342_HS1-416511228_319.1 Flying Discs 1949
Agency: Department of War
Incident date: 1/9/50
Page 85
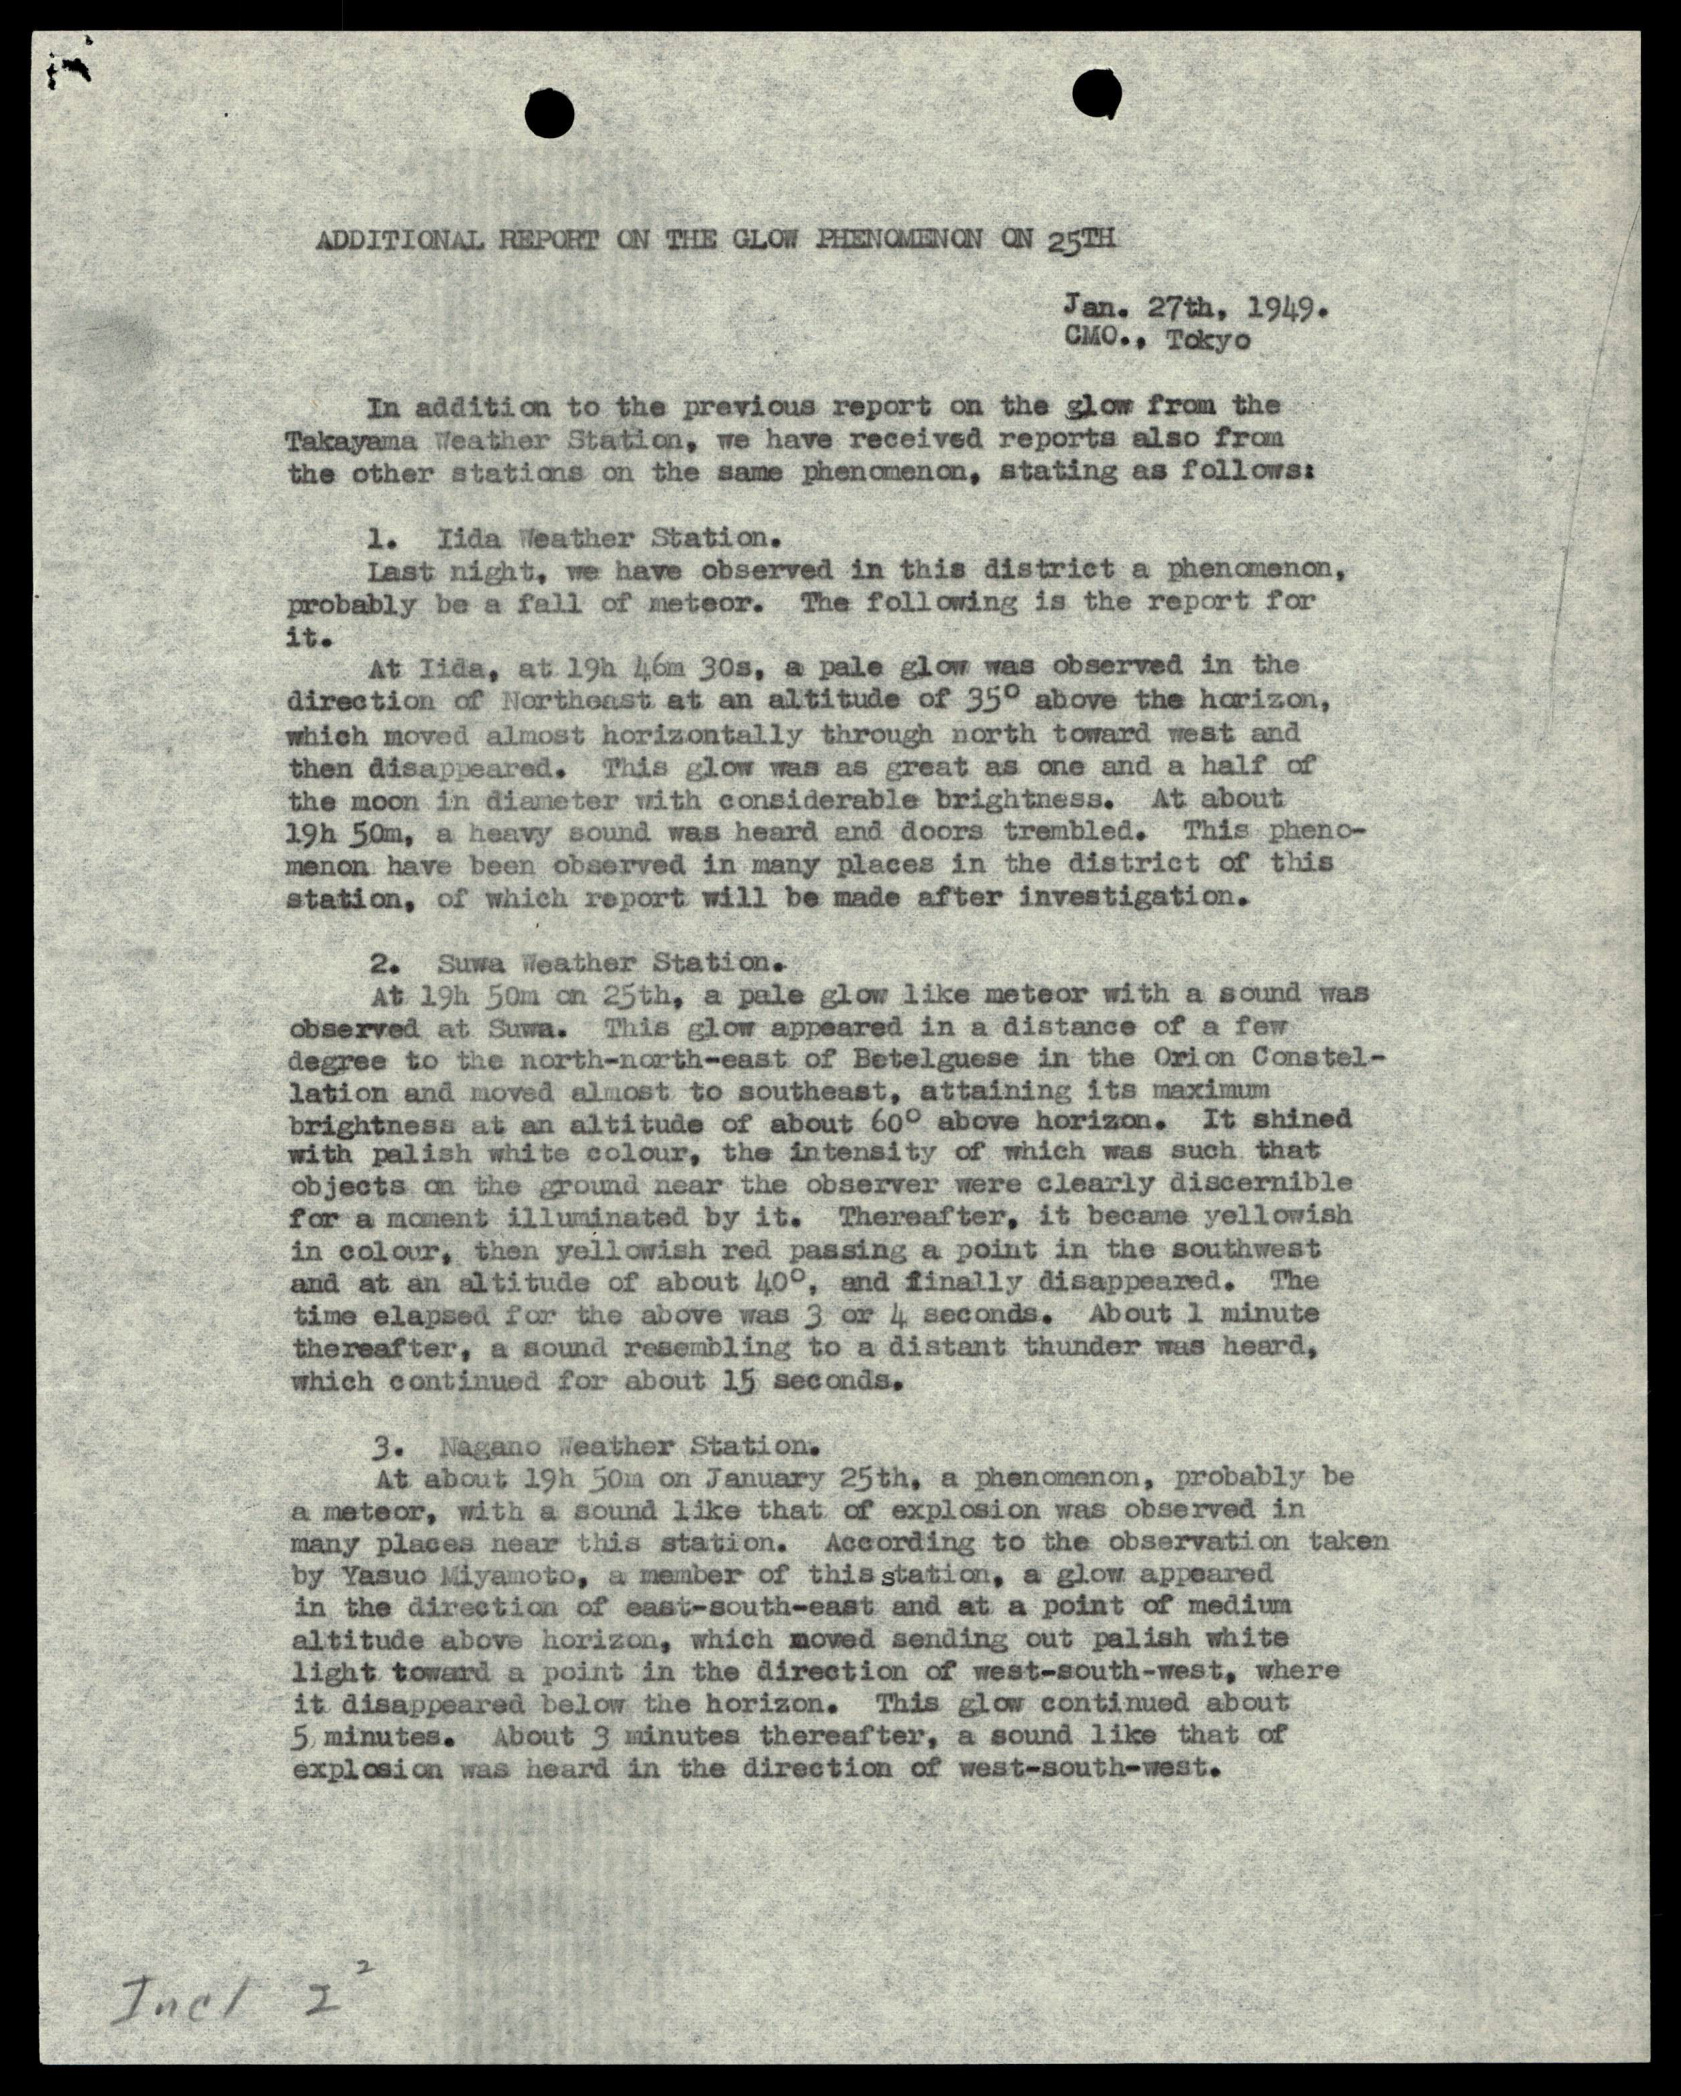